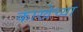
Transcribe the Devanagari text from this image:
काखेच्या